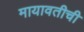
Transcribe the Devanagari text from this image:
मायावतीची